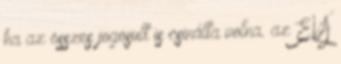
ha az összes jogosult is csinálta volna. az EVA